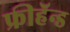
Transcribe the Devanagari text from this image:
फ्रीहॅन्ड